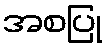
အစပြု